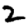
Digit: 2